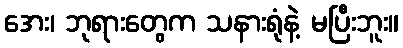
အေး၊ ဘုရားတွေက သနားရုံနဲ့ မပြီးဘူး။